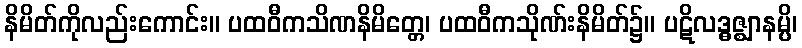
နိမိတ်ကိုလည်းကောင်း။ ပထဝီကသိဏနိမိတ္တေ၊ ပထဝီကသိုဏ်းနိမိတ်၌။ ပဋိလဒ္ဓဇ္ဈာနမ္ပိ၊